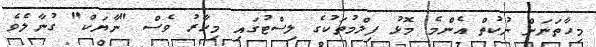
މިހާތަނަށް ނުކުތް އެންމެ މޮޅު ފިލްމުތަކުގެ ލިސްޓުގައި މިހާރު ވެސް "ނާޔަކް" ގުނާލެވެ